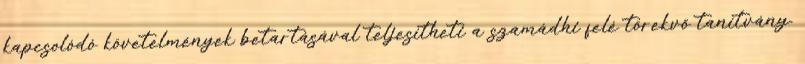
kapcsolódó követelmények betartásával teljesítheti a szamádhi felé törekvő tanítvány.